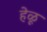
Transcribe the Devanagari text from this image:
हेळू